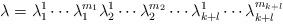
LaTeX: \begin{align*}\lambda = \lambda_1^1 \cdots \lambda_1^{m_1} \lambda_2^1 \cdots \lambda_2^{m_2} \cdots \lambda_{k+l}^1 \cdots \lambda_{k+l}^{m_{k+l}}\end{align*}